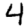
Digit: 4